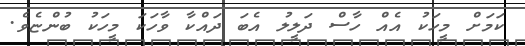
ކަމަށް މީހަކު އެއް ހާސް ދަލީލު އެބަ ދައްކާ ވާހަކަ މީހަކު ބުންޏެވެ.